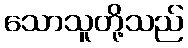
သောသူတို့သည်